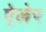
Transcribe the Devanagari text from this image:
ऐलेर